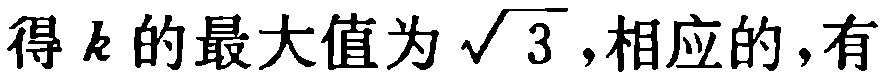
得\(k\)的最大值为\(\sqrt{3}\),相应的,有